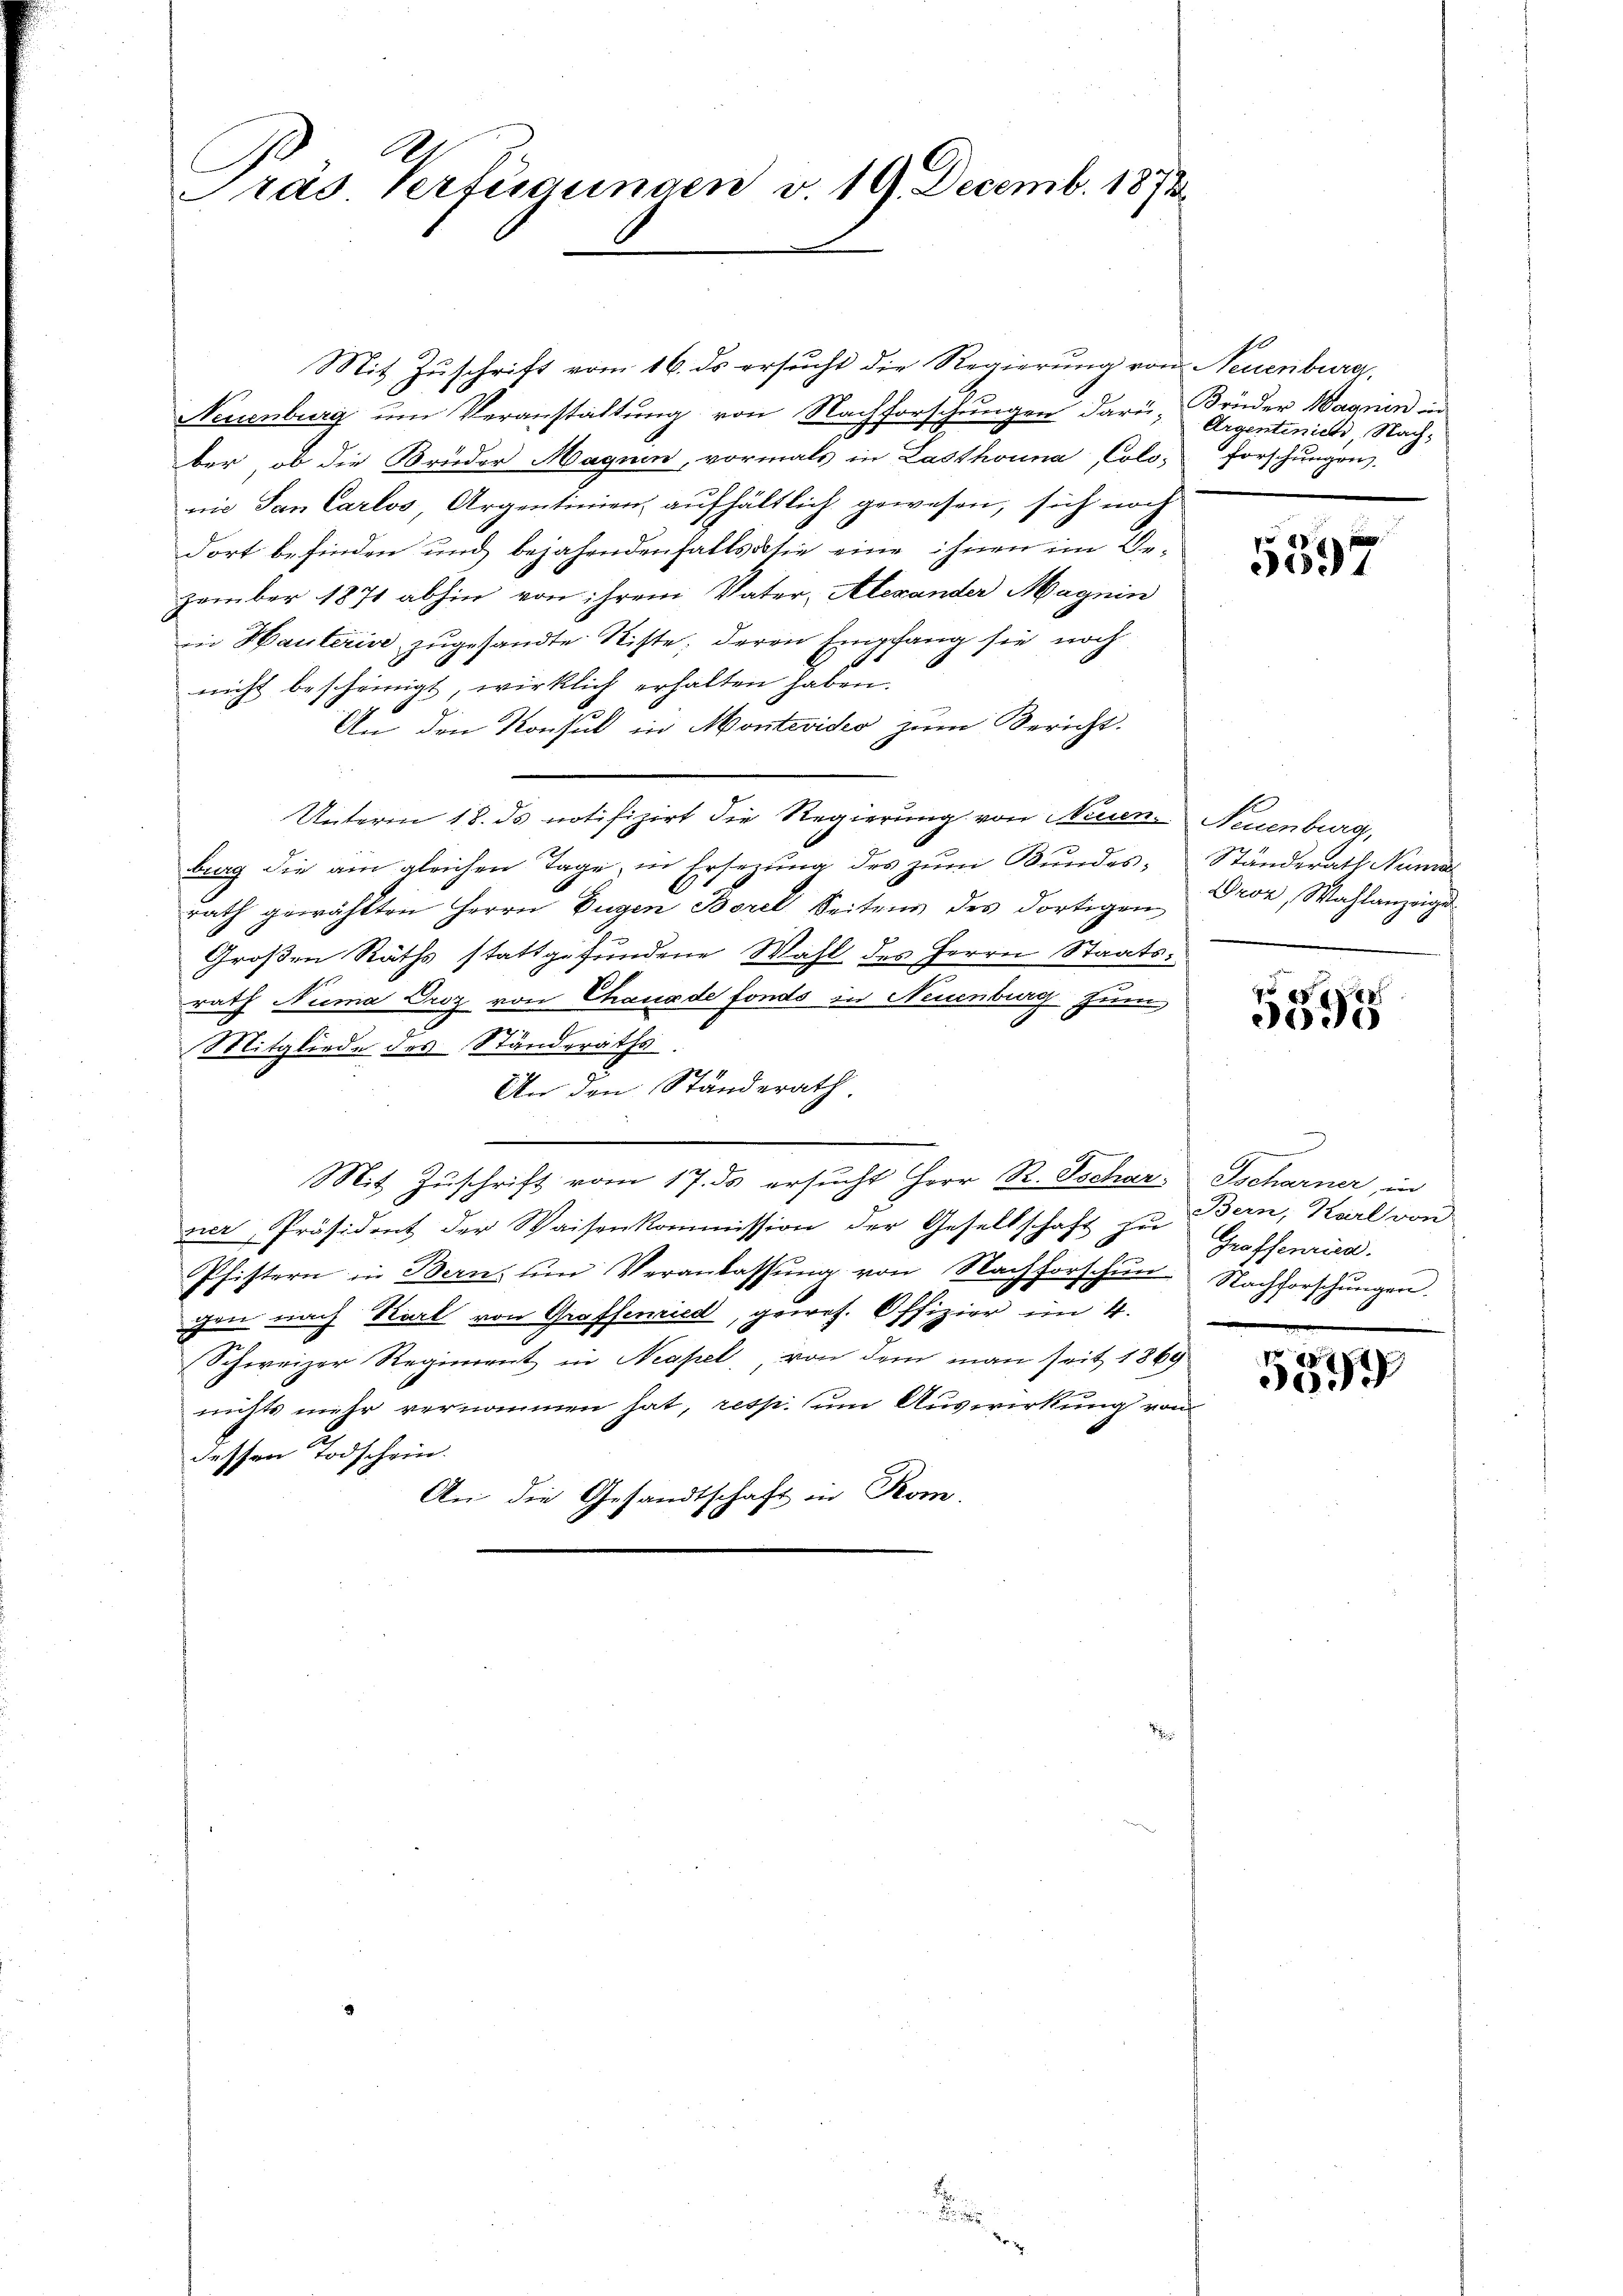
Pras Verfügungen v. 19. Decemb. 1873

Mit Zuschrift vom 16. ds ersucht die Regierung von Neuenburg,
Neuenburg um Veranstaltung von Nachforschungen darü. Brüder Wagnen in
ber, ob die Brüder Magnen, vormals in Lasthouna, Colo-
nie San Carlos, Argentinien aufhältlich gewesen, sich noch
dort befinden und bejahendenfalls sie eine ihnen im Gezember 1871 abhin von ihrem Vater-Alexander Magnin
in Hauterin zugesandte Ritte; deren Empfang sie noch
nicht bescheinigt, wirklich erhalten haben.
An den Konsul in Montevideo zum Bericht.
Unterm 18. ds notifizirt die Regierung von Neuen-
brag die am gleichen Tage, in Ersezung des zum Bundesrath gewählten Herrn Eugen Borel Seitens des dortigen
Großen Raths stattgefundene Wahl des Herrn Staatsrath Numa Oroz von Chaus de fonds in Neuenburg zum
Mitgliede des Ständeraths
An den Ständerath
Mit Zuschrift vom 17. ds ersucht Herr R. Tschar
zier, Präsident der Waisenkommission der Gesellschaft zu
Pfistern in Bern, um Veranlassung von Nachforschun
chen nach Karl von Groffenried, ques. Offizier im 4.
(Schweizer Regiment in Neapel, von dem man seit 1869
nichts mehr vernommen hat, resp. um Auswirkung von
dessen Todschein.
An die Gesandtschaft in Rom.

n

1
Argentinicht, Nachforschungen.

e
g
3697

Neuenburg,
Ständerath Numer
Droz, Wahlanzeige

303

Tscharner, in
Bern, Karl von
Groffenrien.
Nachforschungen.

89
3099